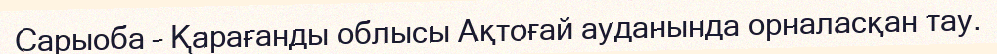
Сарыоба – Қарағанды облысы Ақтоғай ауданында орналасқан тау.